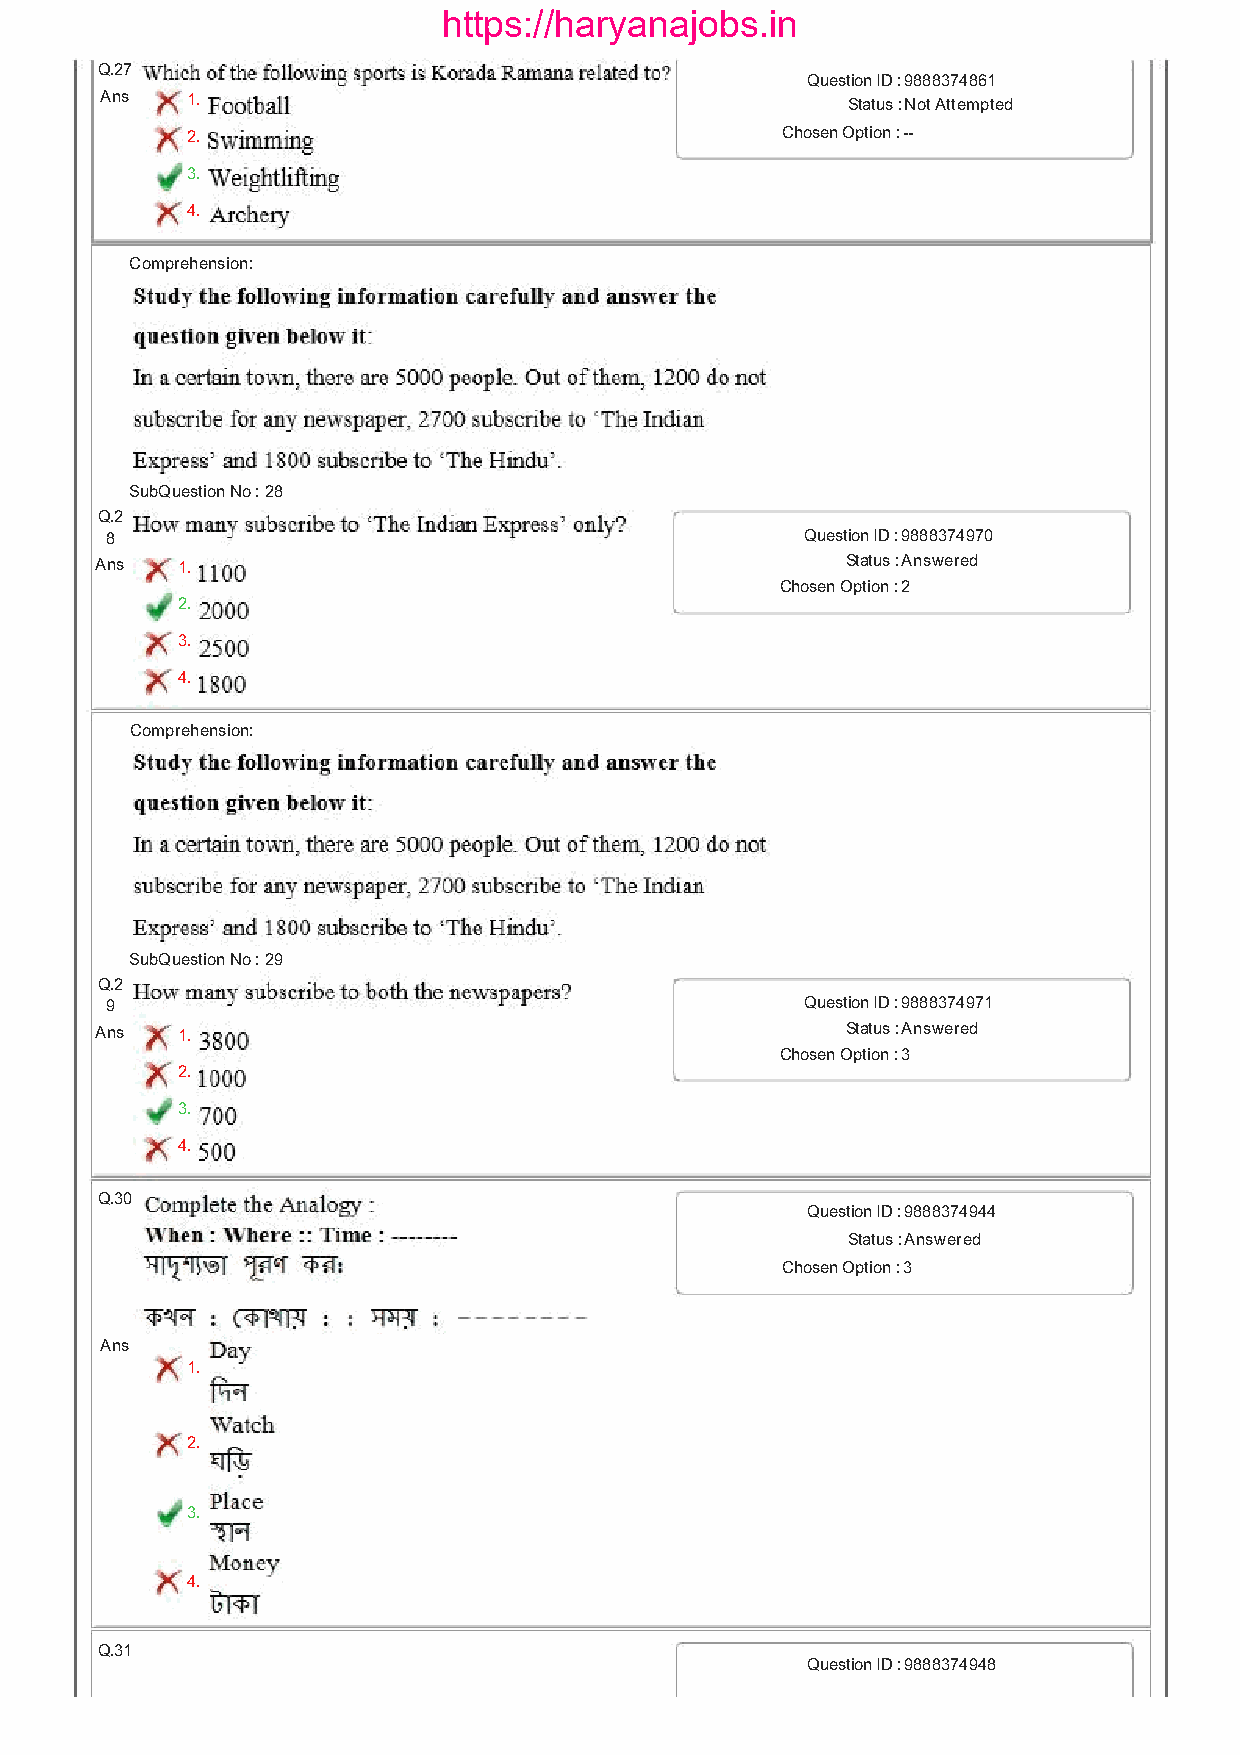
https://haryanajobs.in
 Q.27
 Question ID : 9888374861
 Ans  1.                                          Status : Not Attempted
 2.                                      Chosen Option :
 3.
 4.
 Comprehension:
 SubQuestion No : 28
 Q.2
 8                                             Question ID : 9888374970
 Ans   1.                                          Status : Answered
 Chosen Option : 2
 2.
 3.
 4.
 Comprehension:
 SubQuestion No : 29
 Q.2
 9                                             Question ID : 9888374971
 Ans   1.                                          Status : Answered
 Chosen Option : 3
 2.
 3.
 4.
 Q.30
 Question ID : 9888374944
 Status : Answered
 Chosen Option : 3
 Ans
 1.
 2.
 3.
 4.
 Q.31
 Question ID : 9888374948